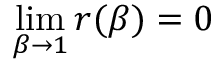
\operatorname* { l i m } _ { \beta \to 1 } r ( \beta ) = 0